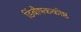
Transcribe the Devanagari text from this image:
डिंबौषककोष्ठ